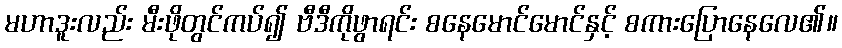
မဟာဒူးလည်း မီးဖိုတွင်ကပ်၍ ဗီဒီကိုဖွာရင်း စနေမောင်မောင်နှင့် စကားပြောနေလေ၏။